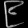
Digit: ၉